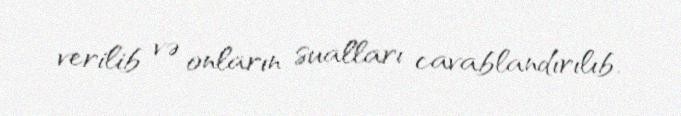
verilib və onların sualları cavablandırılıb.